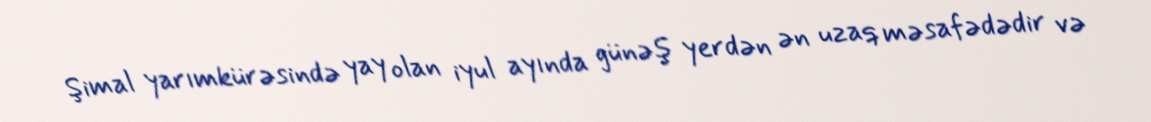
Şimal yarımkürəsində yay olan iyul ayında günəş yerdən ən uzaq məsafədədir və